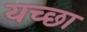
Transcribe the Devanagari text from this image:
यच्छा